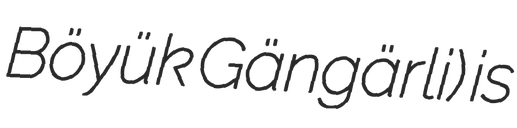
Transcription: Böyük Gängärli) is